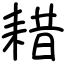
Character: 耤